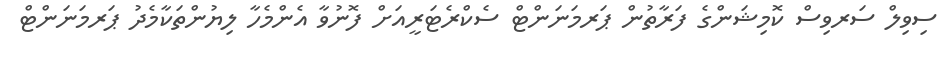
ސިވިލް ސަރވިސް ކޮމިޝަންގެ ފަރާތުން ޕަރމަނަންޓް ސެކްރެޓަރީއަށް ފޮނުވާ އެންމެހާ ލިޔުންތަކާމެދު ޕަރމަނަންޓް